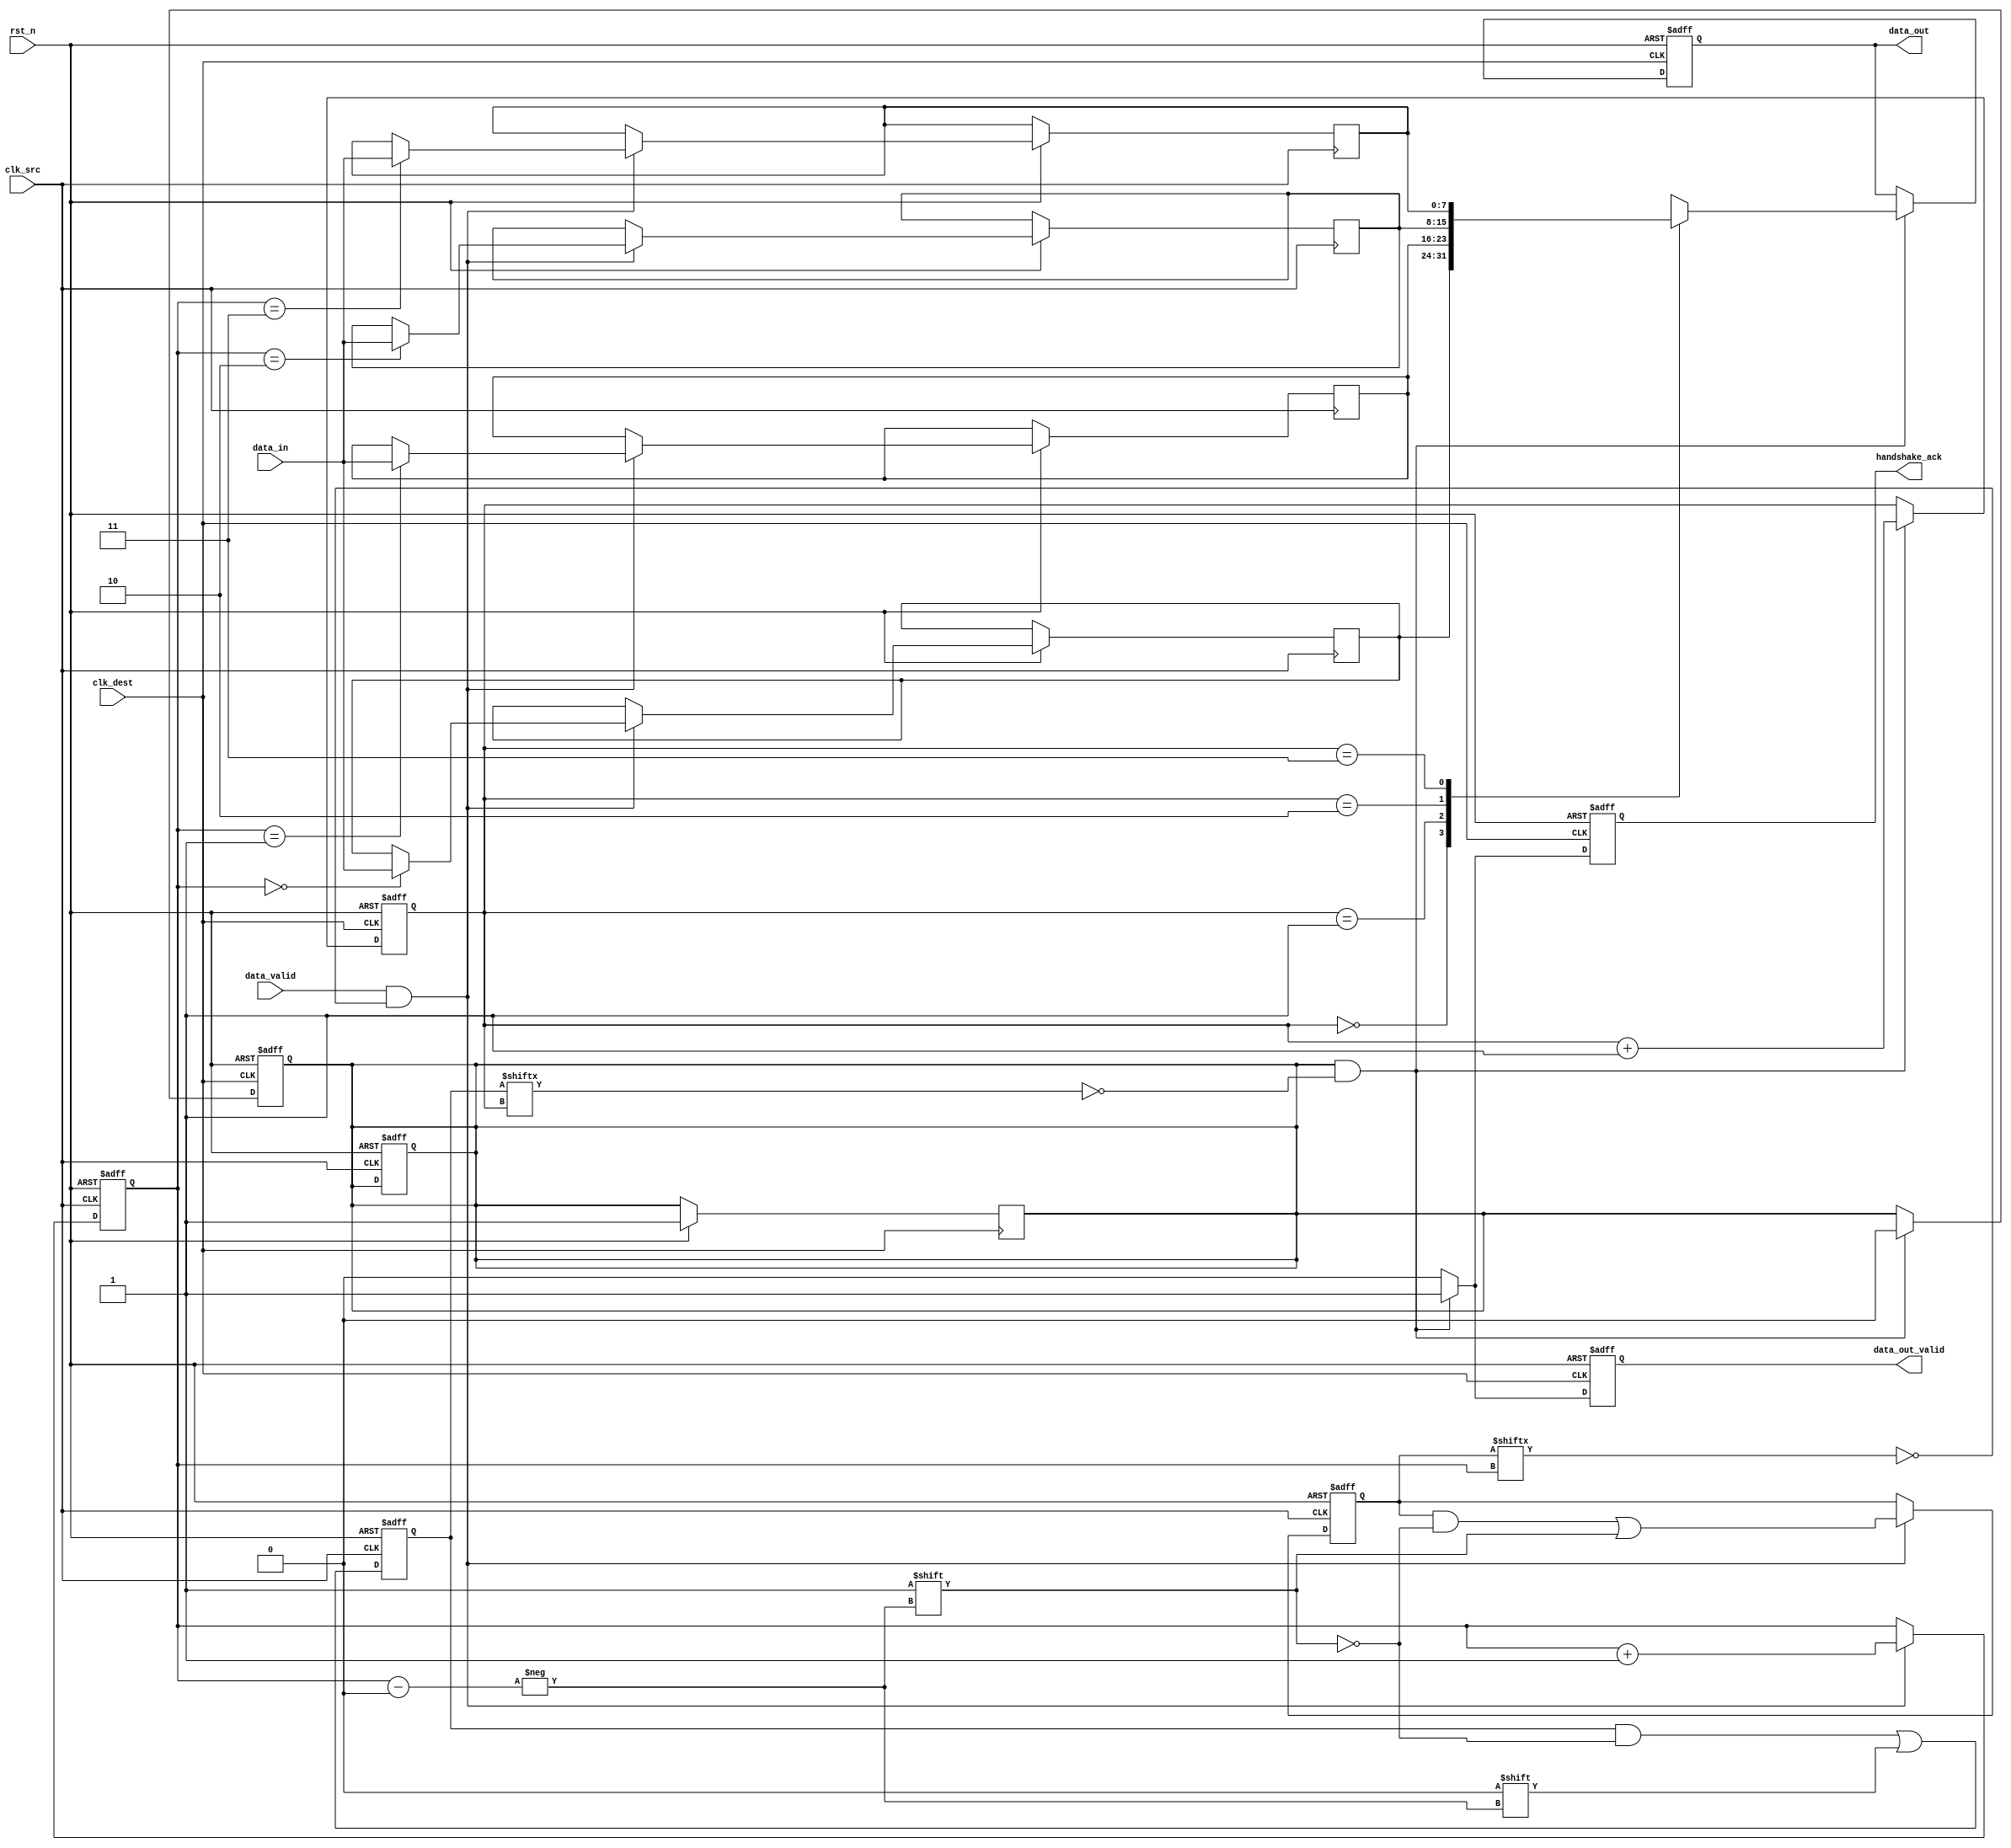
module MemoryBlocksPipelineSynchronizer #(
    parameter DATA_WIDTH = 8,
    parameter FIFO_DEPTH = 4
)(
    input wire clk_src,              // Source clock
    input wire clk_dest,             // Destination clock
    input wire rst_n,                // Active low reset
    input wire [DATA_WIDTH-1:0] data_in, // Input data from source domain
    input wire data_valid,           // Input data valid signal
    output reg [DATA_WIDTH-1:0] data_out, // Output data to destination domain
    output reg data_out_valid,       // Output data valid signal
    output reg handshake_ack         // Handshake acknowledgment
);

    // FIFO buffer
    reg [DATA_WIDTH-1:0] fifo [0:FIFO_DEPTH-1];
    reg [$clog2(FIFO_DEPTH)-1:0] write_ptr;
    reg [$clog2(FIFO_DEPTH)-1:0] read_ptr;
    reg [FIFO_DEPTH-1:0] fifo_full;
    reg [FIFO_DEPTH-1:0] fifo_empty;

    // Dual flip-flop synchronizer
    reg [DATA_WIDTH-1:0] sync_ff1;
    reg [DATA_WIDTH-1:0] sync_ff2;

    // State management
    reg data_ready;

    // Asynchronous reset logic
    always @(posedge clk_src or negedge rst_n) begin
        if (!rst_n) begin
            write_ptr <= 0;
            fifo_full <= 0;
        end else if (data_valid && !fifo_full[write_ptr]) begin
            fifo[write_ptr] <= data_in;
            write_ptr <= write_ptr + 1;
            fifo_full[write_ptr] <= 1'b1;
        end
    end

    // FIFO read and handshaking logic
    always @(posedge clk_dest or negedge rst_n) begin
        if (!rst_n) begin
            read_ptr <= 0;
            data_out <= 0;
            data_out_valid <= 0;
            handshake_ack <= 0;
            data_ready <= 0;
        end else begin
            if (data_ready && !fifo_empty[read_ptr]) begin
                data_out <= fifo[read_ptr];
                data_out_valid <= 1'b1;
                read_ptr <= read_ptr + 1;
                handshake_ack <= 1'b1; // Acknowledge data has been received
                data_ready <= 0;
            end else begin
                data_out_valid <= 0;
                handshake_ack <= 0;
            end
        end
    end

    // Synchronization logic
    always @(posedge clk_src or negedge rst_n) begin
        if (!rst_n) begin
            sync_ff1 <= 0;
            sync_ff2 <= 0;
            data_ready <= 0;
        end else if (data_valid) begin
            sync_ff1 <= data_in; // First flip-flop stage
        end
    end

    always @(posedge clk_dest or negedge rst_n) begin
        if (!rst_n) begin
            sync_ff2 <= 0;
        end else begin
            sync_ff2 <= sync_ff1; // Second flip-flop stage
            data_ready <= 1; // Indicate data is ready
        end
    end

    // FIFO empty logic
    always @(posedge clk_src or negedge rst_n) begin
        if (!rst_n) begin
            fifo_empty <= 1'b1; // Initialize as empty
        end else begin
            fifo_empty[write_ptr] <= 1'b0; // Mark as not empty on write
        end
    end

endmodule